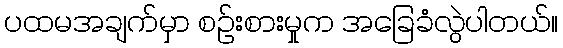
ပထမအချက်မှာ စဉ်းစားမှုက အခြေခံလွဲပါတယ်။